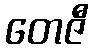
တေဇီ